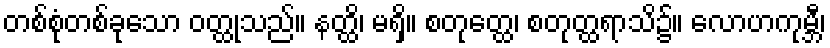
တစ်စုံတစ်ခုသော ဝတ္ထုသည်။ နတ္ထိ၊ မရှိ။ စတုတ္ထေ၊ စတုတ္ထရာသိ၌။ လောဟကုမ္ဘီ၊